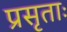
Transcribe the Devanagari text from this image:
प्रसृताः